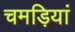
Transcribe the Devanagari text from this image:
चमड़ियां